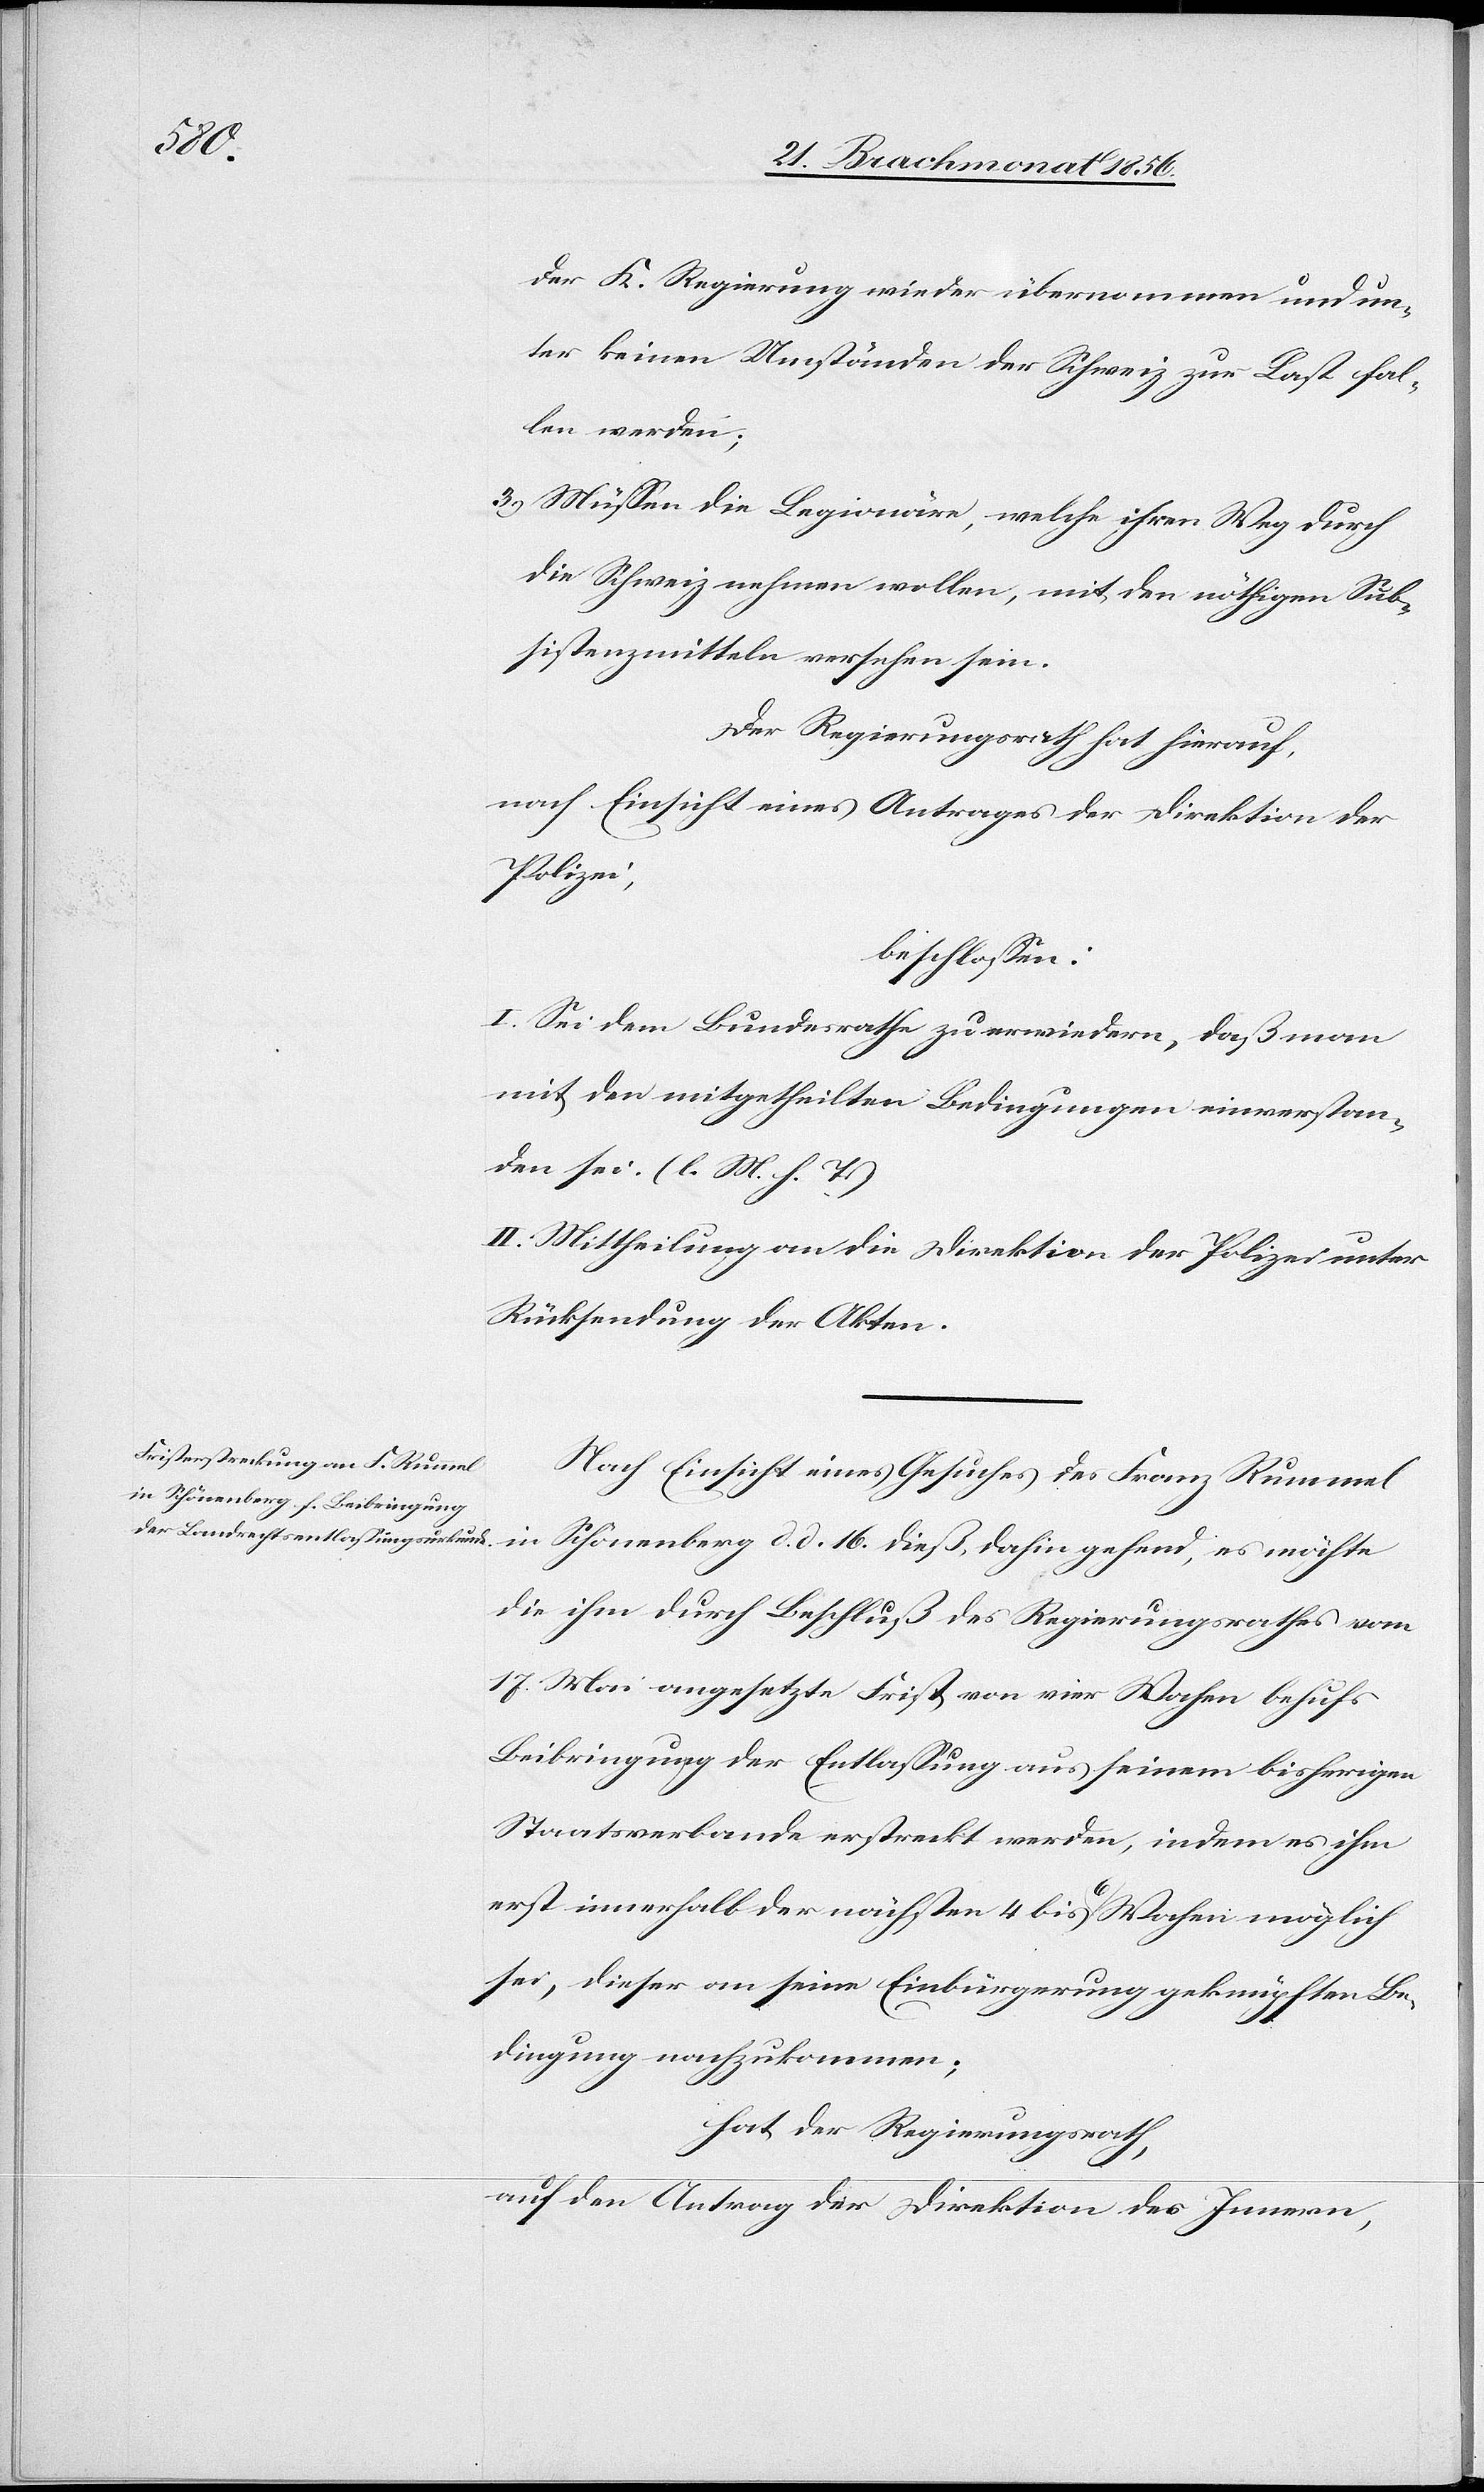
der K. Regierung wieder übernommen und un¬
ter keinen Umständen der Schweiz zur Last fal¬
len werden;
3.) Müssen die Legionäre, welche ihren Weg durch
die Schweiz nehmen wollen, mit den nöthigen Sub¬
sistenzmitteln versehen sein.
Der Regierungsrath hat hierauf,
nach Einsicht eines Antrages der Direktion der
Polizei,
beschlossen:
I. Sei dem Bundesrathe zu erwiedern, daß man
mit den mitgetheilten Bedingungen einverstan¬
den sei. (l. M. h. T.)
II. Mittheilung an die Direktion der Polizei unter
Rücksendung der Akten.
Nach Einsicht eines Gesuches des Franz Rummel
in Schönenberg d. d. 16. dieß, dahin gehend, es möchte
die ihm durch Beschluß des Regierungsrathes vom
17. Mai angesetzte Frist von vier Wochen behufs
Beibringung der Entlassung aus seinem bisherigen
Staatsverbande erstreckt werden, indem es ihm
erst innerhalb der nächsten 4 bis 6 Wochen möglich
sei, dieser an seine Einbürgerung geknüpften Be¬
dingung nachzukommen;
hat der Regierungsrath,
auf den Antrag der Direktion des Innern,